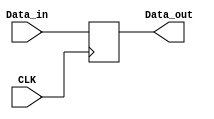
`timescale 1ns / 1ps

module MultiReg_32(
    input CLK,
    input [31:0] Data_in,
    output [31:0] Data_out
);
    reg [31:0] data;
    always@(posedge CLK) begin
        data = Data_in;
    end

    assign Data_out = data;
endmodule